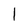
Character: 1